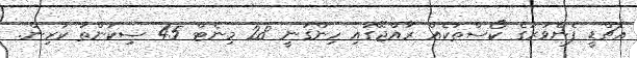
އެޗްޑީ ފެންވަރުގެ ކޯސްތަކެއް ރާއްޖޭގައި ހިންގަނީ 28 މިނެޓް 45 ސިކުންތު ކުރިން.